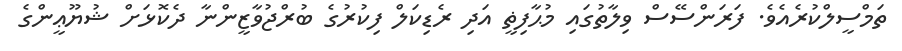
ތަމްސީލްކުރެއެވެ. ފަރަންސޭސް ވިލާތުގައި މުޙާފިޡީ އަދި ރެޑިކަލް ފިކުރުގެ ބުރްޖުވާޒީންނާ ދެކޮޅަށް ޝުޔޫޢީންގެ